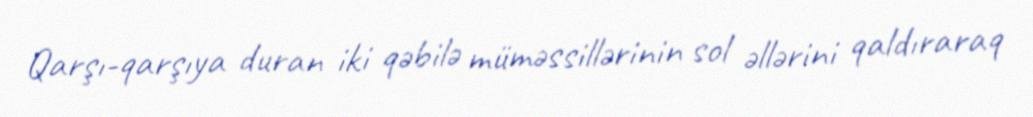
Qarşı-qarşıya duran iki qəbilə müməssillərinin sol əllərini qaldıraraq